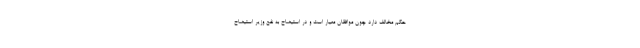
حکم مخالف دارد چون موافقان معیار است و در استیضاح به نفع وزیر استیضاح